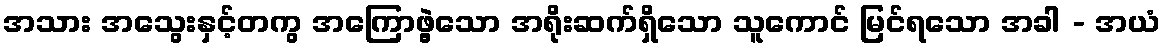
အသား အသွေးနှင့်တကွ အကြောဖွဲ့သော အရိုးဆက်ရှိသော သူကောင် မြင်ရသော အခါ - အယံ